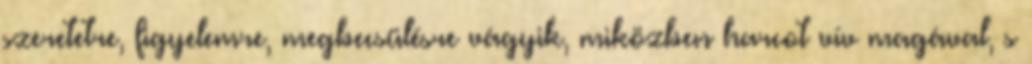
szeretetre, figyelemre, megbecsülésre vágyik, miközben harcot vív magával, s